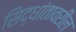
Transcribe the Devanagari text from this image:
सिद्धांतावरील